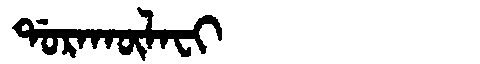
Manchu: ᡩᠣᡵᠠᡴᡡᠯᠠᠸᡳ
Romanization: DORAKŪLAFI